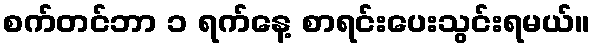
စက်တင်ဘာ ၁ ရက်နေ့ စာရင်းပေးသွင်းရမယ်။